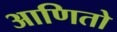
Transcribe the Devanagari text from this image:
आणितो